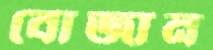
বোজান